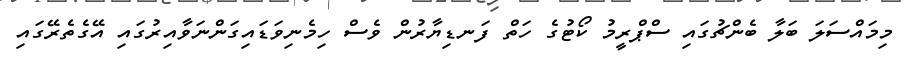
މިމައްސަލަ ބަލާ ބެންޗުގައި ސްޕްރީމު ކޯޓުގެ ހަތް ފަނޑިޔާރުން ވެސް ހިމެނިވަޑައިގަންނަވާއިރުގައި އޭގެތެރޭގައި